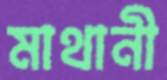
মাথানী